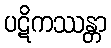
ပဋိကဿန္တာ